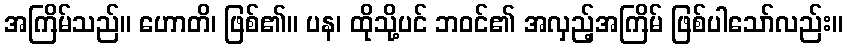
အကြိမ်သည်။ ဟောတိ၊ ဖြစ်၏။ ပန၊ ထိုသို့ပင် ဘဝင်၏ အလှည့်အကြိမ် ဖြစ်ပါသော်လည်း။